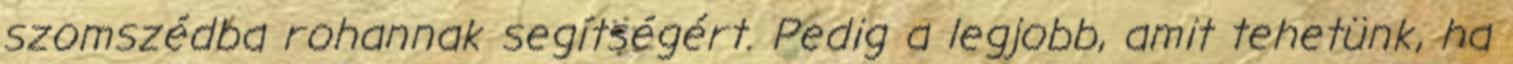
szomszédba rohannak segítségért. Pedig a legjobb, amit tehetünk, ha